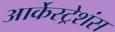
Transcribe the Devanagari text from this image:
आर्केस्ट्रेशंस